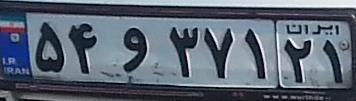
۵۴و۳۷۱۲۱